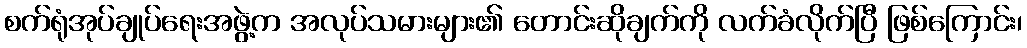
စက်ရုံအုပ်ချုပ်ရေးအဖွဲ့က အလုပ်သမားများ၏ တောင်းဆိုချက်ကို လက်ခံလိုက်ပြီ ဖြစ်ကြောင်း၊